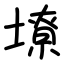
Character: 㙩